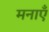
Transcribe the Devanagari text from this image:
मनाएँ